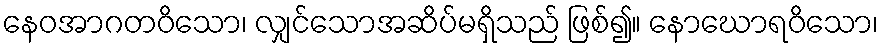
နေဝအာဂတဝိသော၊ လျှင်သောအဆိပ်မရှိသည် ဖြစ်၍။ နောဃောရဝိသော၊